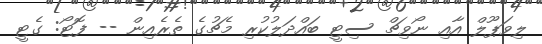
ލިވަޕޫލް އާއި ނޯވިޗް ސިޓީ ބައްދަލުކުރި މެޗުގެ ތެރެއިން -- ފޮޓޯ: ގެޓީ